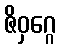
ဇိဝှဂ္ဂေ